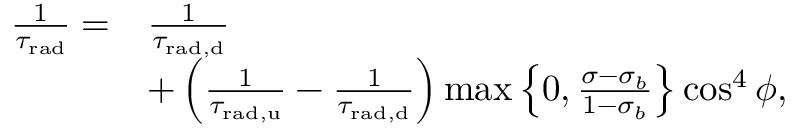
\begin{array} { r l } { \frac { 1 } { \tau _ { \mathrm { r a d } } } = } & { \frac { 1 } { \tau _ { \mathrm { { r a d } , { d } } } } } \\ & { + \left( \frac { 1 } { \tau _ { \mathrm { { r a d } , { u } } } } - \frac { 1 } { \tau _ { \mathrm { { r a d } , { d } } } } \right) \operatorname* { m a x } \left\{ 0 , \frac { \sigma - \sigma _ { b } } { 1 - \sigma _ { b } } \right\} \cos ^ { 4 } \phi , } \end{array}